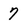
Character: 7